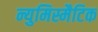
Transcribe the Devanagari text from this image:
न्युमिस्मैटिक